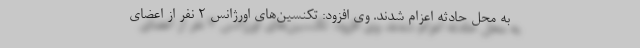
به محل حادثه اعزام شدند. وی افزود: تکنسین‌های اورژانس ۲ نفر از اعضای